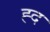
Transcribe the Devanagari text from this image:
ह्द